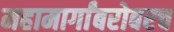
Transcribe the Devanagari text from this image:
महामार्गांबरोबरच